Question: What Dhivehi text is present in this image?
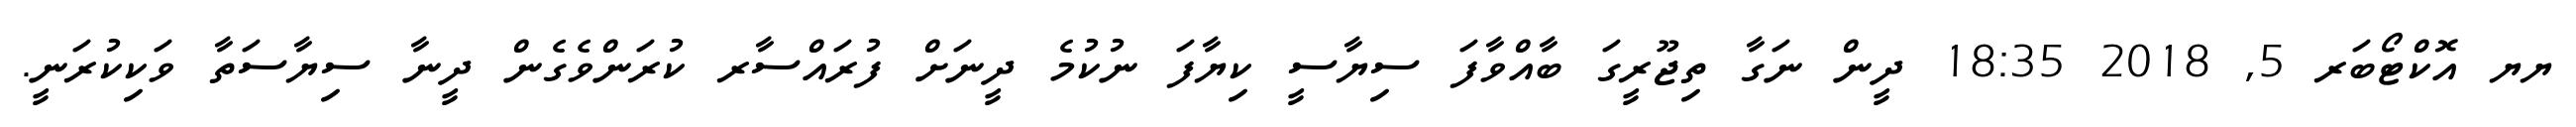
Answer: ޔޔ އޮކްޓޯބަރ 5, 2018 18:35 ދީން ނަގާ ތިޖޫރީގަ ބާއްވާފަ ސިޔާސީ ކިޔާފަ ނުކުމެ ދީނަށް ފުރައްސާރ ކުރަންވެގެން ދީނާ ސިޔާސަތާ ވަކިކުރަނީ.